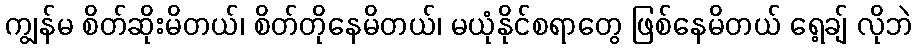
ကျွန်မ စိတ်ဆိုးမိတယ်၊ စိတ်တိုနေမိတယ်၊ မယုံနိုင်စရာတွေ ဖြစ်နေမိတယ် ရေ့ချ် လိုဘဲ